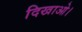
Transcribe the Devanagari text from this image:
दिखाओ।